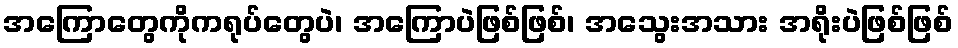
အကြောတွေကိုကရုပ်တွေပဲ၊ အကြောပဲဖြစ်ဖြစ်၊ အသွေးအသား အရိုးပဲဖြစ်ဖြစ်